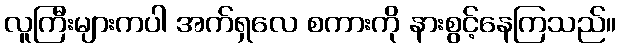
လူကြီးများကပါ အက်ရှလေ စကားကို နားစွင့်နေကြသည်။